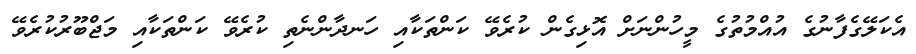
އެކަލޭގެފާނުގެ އުއްމުތުގެ މީހުންނަށް އޮޅިގެން ކުރެވޭ ކަންތަކާއި ހަނދާންނެތި ކުރެވޭ ކަންތަކާއި މަޖްބޫރުކުރެވޭ